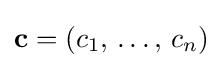
\mathbf {c} =(c_{1},\,\dots ,\,c_{n})